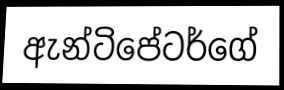
ඇන්ටිපේටර්ගේ